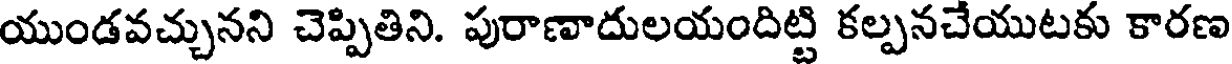
యుండవచ్చునని చెప్పితిని. పురాణాదులయందిట్టి కల్పనచేయుటకు కారణ